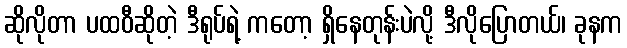
ဆိုလိုတာ ပထဝီဆိုတဲ့ ဒီရုပ်ရဲ့ ကတော့ ရှိနေတုန်းပဲလို့ ဒီလိုပြောတယ်၊ ခုနက